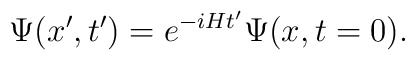
\Psi(x',t') = e^{-iHt'} \Psi(x,t=0).